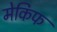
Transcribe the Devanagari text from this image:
मेकिफ